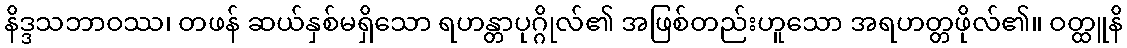
နိဒ္ဒသဘာဝဿ၊ တဖန် ဆယ်နှစ်မရှိသော ရဟန္တာပုဂ္ဂိုလ်၏ အဖြစ်တည်းဟူသော အရဟတ္တဖိုလ်၏။ ဝတ္ထူနိ